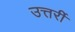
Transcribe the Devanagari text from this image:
उत्तर्री